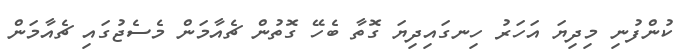
ކުންފުނި މިދިޔަ އަހަރު ހިނގައިދިޔަ ގޮތާ ބެހޭ ގޮތުން ޗެއާމަން މެސެޖުގައި ޗެއާމަން